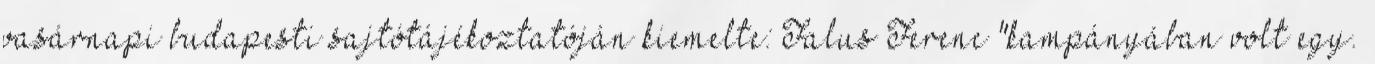
vasárnapi budapesti sajtótájékoztatóján kiemelte: Falus Ferenc "kampányában volt egy.